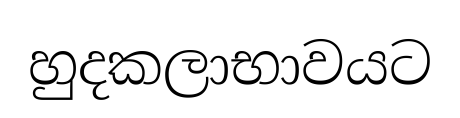
හුදකලාභාවයට